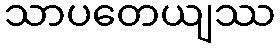
သာပတေယျဿ